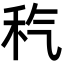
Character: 𥝬